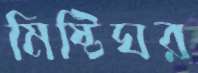
মিষ্টিঘর